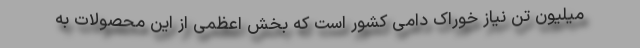
میلیون تن نیاز خوراک دامی کشور است که بخش اعظمی از این محصولات به